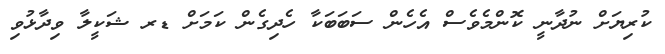
ކުރިޔަށް ނުދާނީ ކޮންމެވެސް އެހެން ސަބަބަކާ ހެދިގެން ކަމަށް ޑރ ޝަކީލާ ވިދާޅުވި